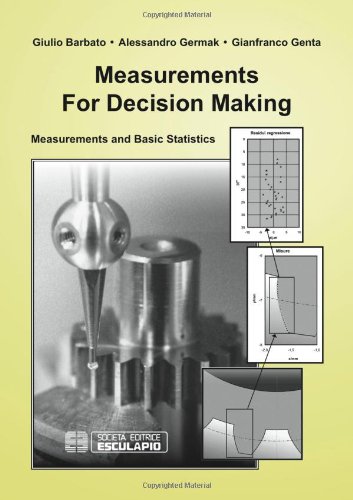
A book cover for Measurements for Decision Making; Giulio Barbato; Science & Math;